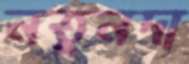
নতুনদা